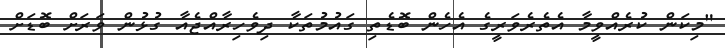
"މިކަން ކުރެއްވީމާ އެތެރެވަރީގެ އެހެން ބޮޑެތި ގައުމުތަކާ ދިވެހިރާއްޖެއާ ގުޅުން ވަރަށް ބޮޑަށް